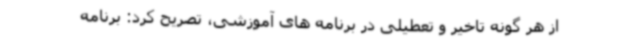
از هر گونه تاخیر و تعطیلی در برنامه های آموزشی، تصریح کرد: برنامه